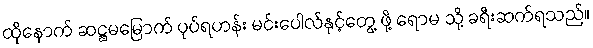
ထိုနောက် ဆဋ္ဌမမြောက် ပုပ်ရဟန်း မင်းပေါလ်နှင့်တွေ့ ဖို့ ရောမ သို့ ခရီးဆက်ရသည်။